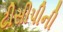
ટીસીપીની